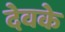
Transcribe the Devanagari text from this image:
देवके